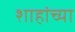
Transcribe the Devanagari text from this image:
शाहांच्या